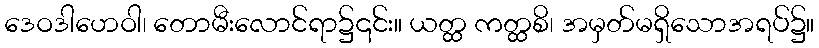
ဒေဝဒါဟေဝါ၊ တောမီးလောင်ရာ၌၎င်း။ ယတ္ထ ကတ္ထစိ၊ အမှတ်မရှိသောအရပ်၌။